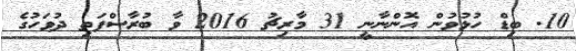
10. ބިޑް ހުޅުވުން އޮންނާނީ 31 މާރިޗު 2016 ވާ ބުރާސްފަތި ދުވަހުގެ